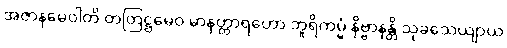
အဇာနမေဝါတိ တတြဋ္ဌမေဝ မာနတ္တာရဟော ဘူရိကမ္မံ နိဗ္ဗာနန္တိ သုခသေယျာယ